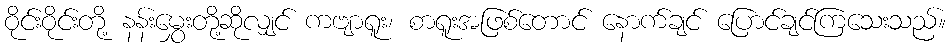
ဝိုင်းဝိုင်းတို့ နန်းမွှေးတို့ဆိုလျှင် ကဗျာရူး၊ စာရူးအဖြစ်တောင် နောက်ချင် ပြောင်ချင်ကြသေးသည်။